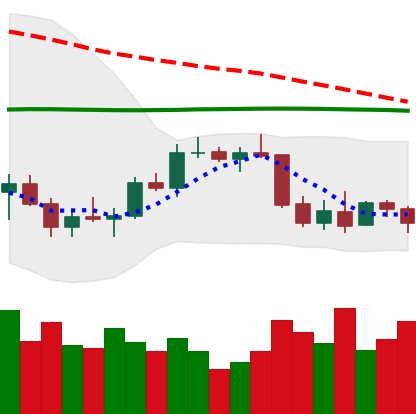
Ticker: BTC-USD
Chart end date: 2022-01-03
Forward return: -10.169%
Label: down_7plus